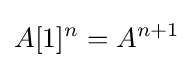
A[1]^{n}=A^{n+1}